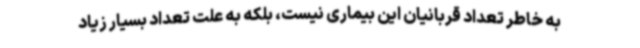
به خاطر تعداد قربانیان این بیماری نیست، بلکه به علت تعداد بسیار زیاد